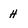
Character: H